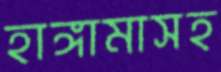
হাঙ্গামাসহ